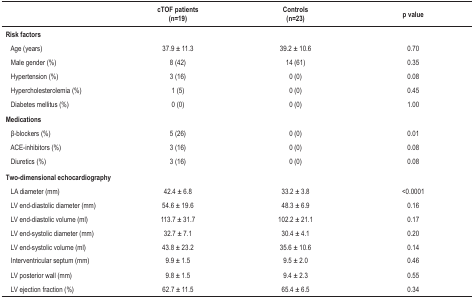
<table><thead><tr><td>[EMPTY_CELL]</td><td><b>cTOF patients (n=19)</b></td><td><b>Controls (n=23)</b></td><td><b>p value</b></td></tr></thead><tbody><tr><td colspan="4"><b>Risk factors</b></td></tr><tr><td>Age (years)</td><td>37.9 ± 11.3</td><td>39.2 ± 10.6</td><td>0.70</td></tr><tr><td>Male gender (%)</td><td>8 (42)</td><td>14 (61)</td><td>0.35</td></tr><tr><td>Hypertension (%)</td><td>3 (16)</td><td>0 (0)</td><td>0.08</td></tr><tr><td>Hypercholesterolemia (%)</td><td>1 (5)</td><td>0 (0)</td><td>0.45</td></tr><tr><td>Diabetes mellitus (%)</td><td>0 (0)</td><td>0 (0)</td><td>1.00</td></tr><tr><td colspan="4"><b>Medications</b></td></tr><tr><td>β-blockers (%)</td><td>5 (26)</td><td>0 (0)</td><td>0.01</td></tr><tr><td>ACE-inhibitors (%)</td><td>3 (16)</td><td>0 (0)</td><td>0.08</td></tr><tr><td>Diuretics (%)</td><td>3 (16)</td><td>0 (0)</td><td>0.08</td></tr><tr><td colspan="4"><b>Two-dimensionalechocardiography</b></td></tr><tr><td>LA diameter (mm)</td><td>42.4 ± 6.8</td><td>33.2 ± 3.8</td><td>&lt;0.0001</td></tr><tr><td>LV end-diastolic diameter (mm)</td><td>54.6 ± 19.6</td><td>48.3 ± 6.9</td><td>0.16</td></tr><tr><td>LV end-diastolic volume (ml)</td><td>113.7 ± 31.7</td><td>102.2 ± 21.1</td><td>0.17</td></tr><tr><td>LV end-systolic diameter (mm)</td><td>32.7 ± 7.1</td><td>30.4 ± 4.1</td><td>0.20</td></tr><tr><td>LV end-systolic volume (ml)</td><td>43.8 ± 23.2</td><td>35.6 ± 10.6</td><td>0.14</td></tr><tr><td>Interventricular septum (mm)</td><td>9.9 ± 1.5</td><td>9.5 ± 2.0</td><td>0.46</td></tr><tr><td>LV posterior wall (mm)</td><td>9.8 ± 1.5</td><td>9.4 ± 2.3</td><td>0.55</td></tr><tr><td>LV ejection fraction (%)</td><td>62.7 ± 11.5</td><td>65.4 ± 6.5</td><td>0.34</td></tr></tbody></table>